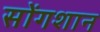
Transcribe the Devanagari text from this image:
सोंगशान